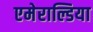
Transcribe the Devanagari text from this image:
एमेराल्डिया